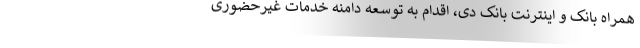
همراه بانک و اینترنت بانک دی، اقدام به توسعه دامنه خدمات غیرحضوری